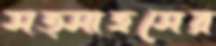
সত্সাহসের